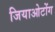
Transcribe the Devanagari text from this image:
जियाओटोंग